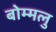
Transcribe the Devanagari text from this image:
बोम्मलु